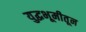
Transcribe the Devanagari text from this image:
युद्धभूमीतून